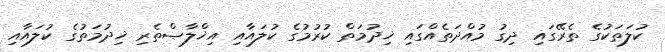
ކުލަތަކުގެ ތެރޭގައި ދިގު މުއްދަތެއްގައި ޚިދުމަތް ކުރުމުގެ ކުލައާއި އިޚްލާޞްތެރި ޚިދުމަތުގެ ކުލައާއި